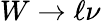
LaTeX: W\to\ell\nu